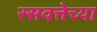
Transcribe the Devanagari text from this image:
रसवत्तेच्या